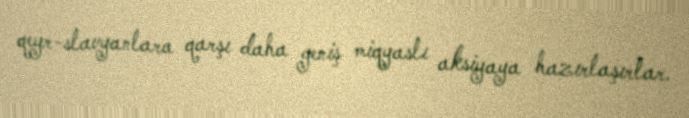
qeyr-slavyanlara qarşı daha geniş miqyaslı aksiyaya hazırlaşırlar.